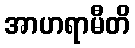
အာဟရာမီတိ